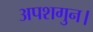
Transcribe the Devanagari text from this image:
अपशगुन।